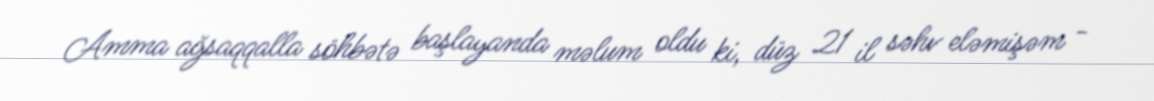
Amma ağsaqqalla söhbətə başlayanda məlum oldu ki, düz 21 il səhv eləmişəm -